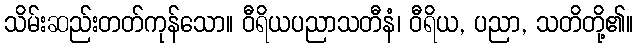
သိမ်းဆည်းတတ်ကုန်သော။ ဝီရိယပညာသတီနံ၊ ဝီရိယ, ပညာ, သတိတို့၏။